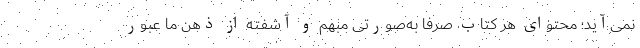
نمی‌آید؛ محتوای هر کتاب صرفاً به‌صورتی مبهم و آشفته از ذهن ما عبور